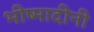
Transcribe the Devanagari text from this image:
भीष्मादीनी